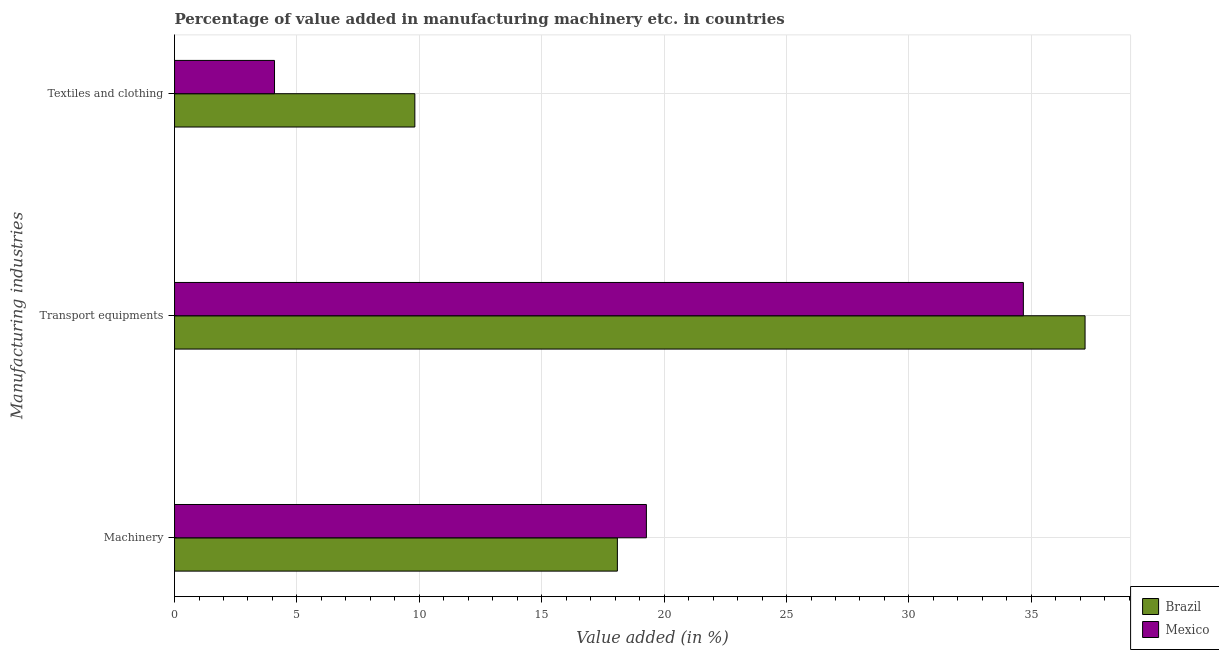
| Manufacturing industries | Brazil | Mexico |
 | --- | --- | --- |
 | Machinery | 18.1 | 19.3 |
 | Transport equipments | 37.2 | 34.7 |
 | Textiles and clothing | 9.82 | 4.08 |